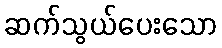
ဆက်သွယ်ပေးသော